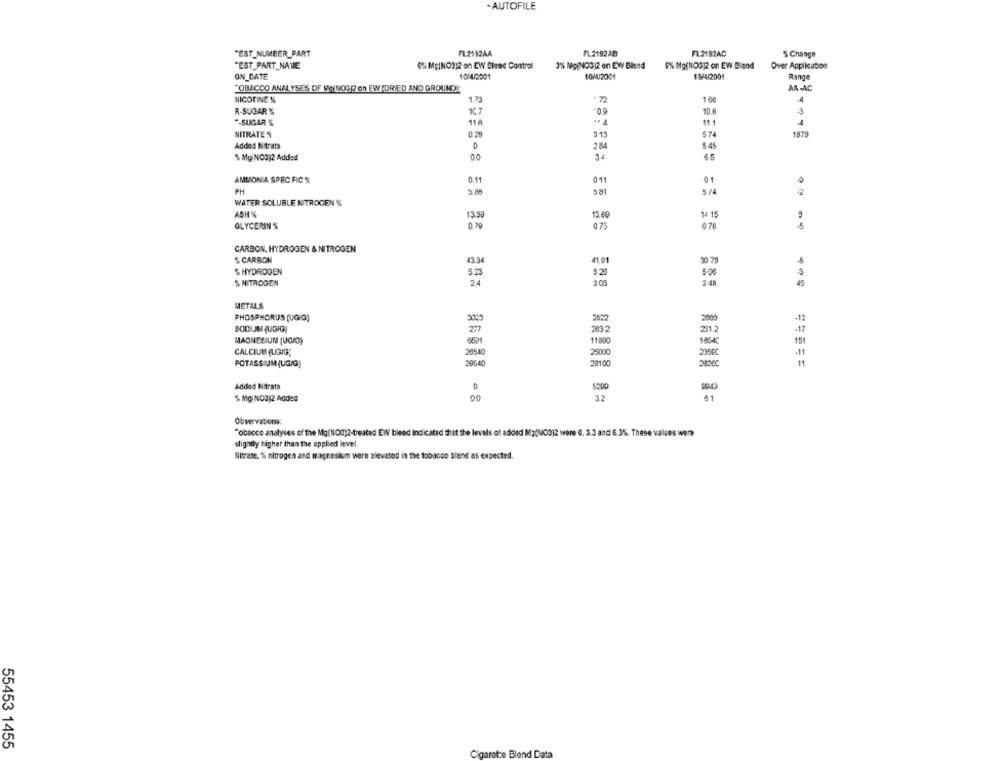
-AUTOFILE
"EST_NUMBER_PART
FL2192AA
FL2192AB
FL2192AC
% Change
"EST_PART_NAME
0% Mc(NO3)2 on EW Bleed Control
3% Mg(NO3)2 on EW Blend
6% Mg(NO3]2 on EW Blend
Over Application
ON_DATE
10/4/2001
10/4/2001
10/4/2001
Range
TOBACCO ANALYSES OF WANO3]2 on EW (DRIED AND GROUND
AA-AC
NICOTINE %
1.73
. 72
106
R-SUGAR %
C.7
*0.9
10.6
"-SUGAR %
11
.. 4
11 1
NITRATE %
0.2
313
574
187
Added Nitrata
D
284
5.45
$ MgiNO3)2 Added
55
AMMONIA SPEC FIC S
0.11
01
01
PH
5.88
9/4
-2
WATER SOLUBLE NITROGEN %
ASH
13.39
13.6
14 15
3
GLYCERIN %
0,79
0 75
076
CARBON, HYDROGEN & NITROGEN
$ CARBON
43.3
41.01
30 78
$ HYDROGEN
5.23
$ 28
508
$ NITROGEN
24
300
3 48
METALS
PHOSPHORUS (UGIG)
3029
2622
-12
SODIUM (UGIG)
27
2032
201.2
MAGNESIUM (UOMO)
11800
1864
151
CALCIUM (UGIG;
26540
25000
235BC
POTASSIUM (UGIG)
20640
28100
11
Added Nitrate
$ Mg NO3)2 Added
00
3.2
0 1
Observation
"obacco analyses of the Mg(NOS)2-treated EW blend indicated that the levels of added Mg(NO3)2 were 0, 3.3 and 6.3%. These values were
slightly higher than the applied level
Nitrate, 'Si nitrogen and magnesium were elevated in the tobacco blend as expected.
55453 1455
Cigarette Blend Data